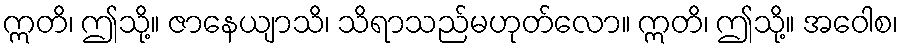
ဣတိ၊ ဤသို့။ ဇာနေယျာသိ၊ သိရာသည်မဟုတ်လော။ ဣတိ၊ ဤသို့။ အဝေါစ၊